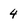
Character: 4